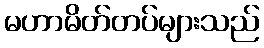
မဟာမိတ်တပ်များသည်